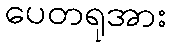
ပေတရုအား